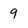
Character: 9